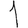
Digit: 1